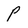
Character: p